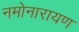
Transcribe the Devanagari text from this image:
नमोनारायण